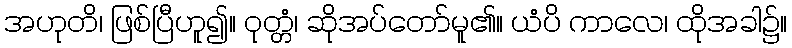
အဟုတိ၊ ဖြစ်ပြီဟူ၍။ ဝုတ္တံ၊ ဆိုအပ်တော်မူ၏။ ယံပိ ကာလေ၊ ထိုအခါ၌။